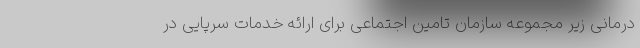
درمانی زیر مجموعه سازمان تامین اجتماعی برای ارائه خدمات سرپایی در